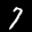
Label: 7